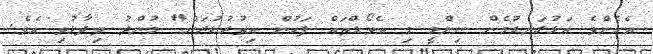
އެހެންވެ އަޅުގަނޑުމެން ނިންމީ މި އެވޯޑްތައް ފަހުން އިތުރުކުރަން" މުންދު ވިދާޅުވި އެވެ.